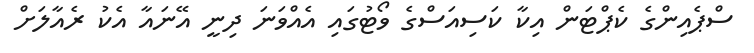
ސްޕެއިންގެ ކެޕްޓަން އިކާ ކަސިއަސްގެ ވޯޓުގައި އެއްވަނަ ދިނީ އޭނައާ އެކު ރެއާލަށް